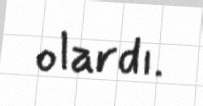
olardı.